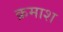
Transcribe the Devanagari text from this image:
क्रमाश